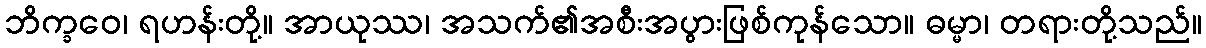
ဘိက္ခဝေ၊ ရဟန်းတို့။ အာယုဿ၊ အသက်၏အစီးအပွားဖြစ်ကုန်သော။ ဓမ္မာ၊ တရားတို့သည်။